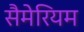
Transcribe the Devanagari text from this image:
सैमेरियम